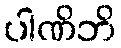
ပါဏိဘိ